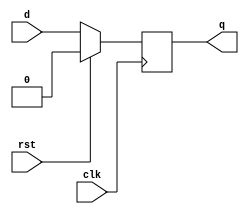



module   df(d,clk,rst,q); 
input rst ,d,clk ; 
output reg  q ;


always @(posedge clk)
   begin 
	
     if (rst) 
     q <= 1'b0 ; 

     else
     q<=d ; 

   end 

endmodule 

module Tf(t,clk,rst,q);
input t,clk,rst;
output q;
wire w1;
assign w1=t^q;
df d1(w1,clk,rst,q);
endmodule